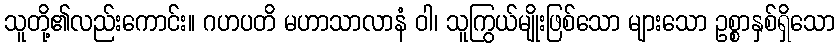
သူတို့၏လည်းကောင်း။ ဂဟပတိ မဟာသာလာနံ ဝါ၊ သူကြွယ်မျိုးဖြစ်သော များသော ဥစ္စာနှစ်ရှိသော